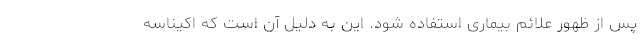
پس از ظهور علائم بیماری استفاده شود. این به دلیل آن است که اکیناسه